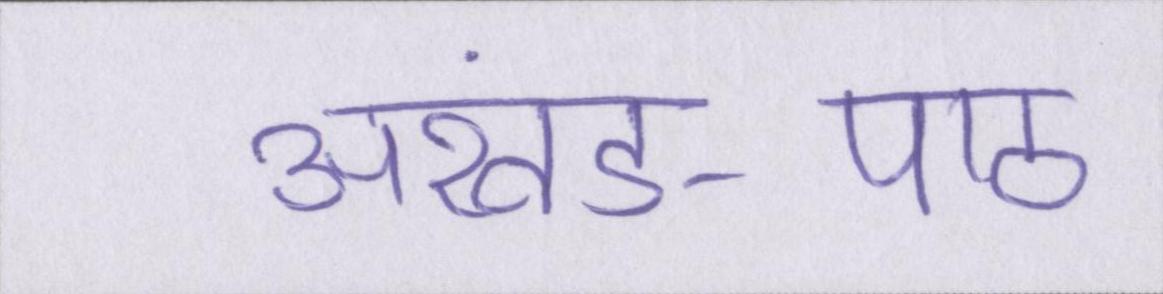
अखंड-पाठ